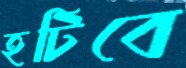
হটিবে